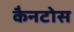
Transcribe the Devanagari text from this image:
कैनटोस